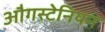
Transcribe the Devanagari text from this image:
औगस्टेनियन